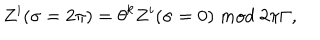
Z ^ { i } ( \sigma = 2 \pi ) = { { \theta } ^ { k } } Z ^ { i } ( \sigma = 0 ) \; m o d \; 2 \pi \Gamma ,